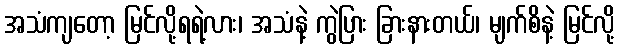
အသံကျတော့ မြင်လို့ရရဲ့လား၊ အသံနဲ့ ကွဲပြား ခြားနားတယ်၊ မျက်စိနဲ့ မြင်လို့